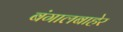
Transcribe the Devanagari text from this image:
बंगालबाहेर